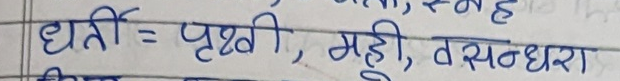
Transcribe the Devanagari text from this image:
धरती = पृथ्वी, मही, बसुन्धरा